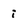
Character: i